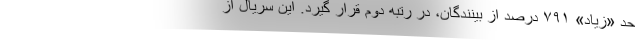
حد «زیاد» ۷۹۱ درصد از بینندگان، در رتبه دوم قرار گیرد. این سریال از